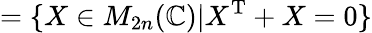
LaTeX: =\{ X\in M_{2n}(\mathbb{C})|X^{\mathrm{T}}+X=0\}